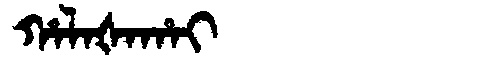
Manchu: ᡥᠠᠯᠠᡧᠠᡥᠠᡳ
Romanization: HALAŠAHAI